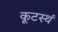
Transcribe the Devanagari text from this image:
कूटस्थं